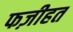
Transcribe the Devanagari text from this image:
फज़ीहत